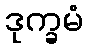
ဒုက္ခမံ